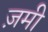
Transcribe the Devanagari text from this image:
ज़मी